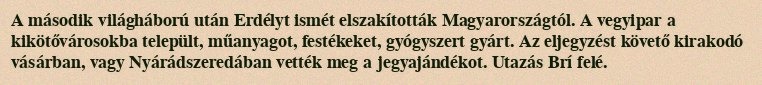
A második világháború után Erdélyt ismét elszakították Magyarországtól. A vegyipar a kikötővárosokba települt, műanyagot, festékeket, gyógyszert gyárt. Az eljegyzést követő kirakodó vásárban, vagy Nyárádszeredában vették meg a jegyajándékot. Utazás Brí felé.